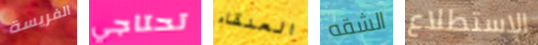
الفريسة تحتاجي العنقاء الشقه الاستطلاع